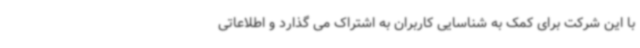
با این شرکت برای کمک به شناسایی کاربران به اشتراک می گذارد و اطلاعاتی